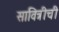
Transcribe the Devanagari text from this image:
सावित्रीची